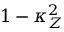
1 - \kappa _ { Z } ^ { 2 }